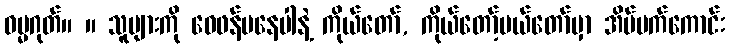
ဓမ္မဂုတ်။ ။ သူများကို ဝေဖန်မနေပါနဲ့ ကိုယ်တော်, ကိုယ်တော့်မယ်တော်မှာ အိပ်မက်ကောင်း